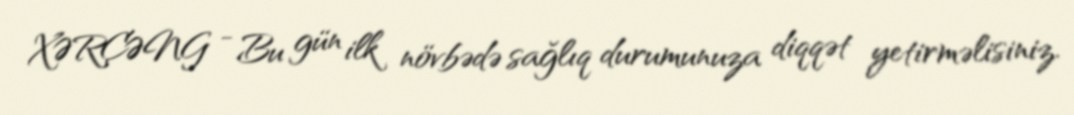
XƏRÇƏNG - Bu gün ilk növbədə sağlıq durumunuza diqqət yetirməlisiniz.